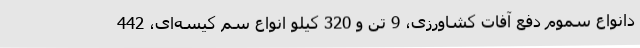
دانواع سموم دفع آفات کشاورزی، 9 تن و 320 کیلو انواع سم کیسه‌ای، 442